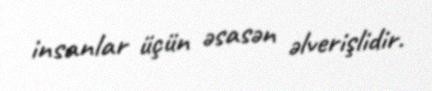
insanlar üçün əsasən əlverişlidir.